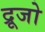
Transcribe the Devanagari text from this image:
द्रूजो